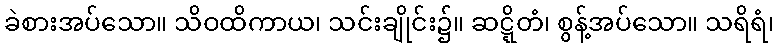
ခဲစားအပ်သော။ သိဝထိကာယ၊ သင်းချိုင်း၌။ ဆဋ္ဋိတံ၊ စွန့်အပ်သော။ သရိရံ၊